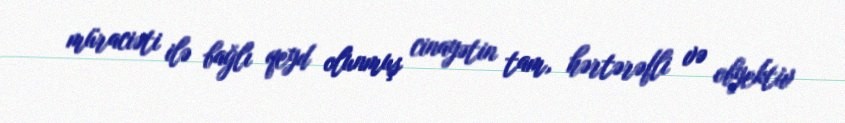
müraciəti ilə bağlı qeyd olunmuş cinayətin tam, hərtərəfli və obyektiv